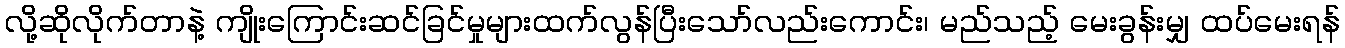
လို့ဆိုလိုက်တာနဲ့ ကျိုးကြောင်းဆင်ခြင်မှုများထက်လွန်ပြီးသော်လည်းကောင်း၊ မည်သည့် မေးခွန်းမျှ ထပ်မေးရန်